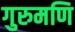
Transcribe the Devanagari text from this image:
गुरुमणि